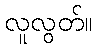
လူလွတ်။